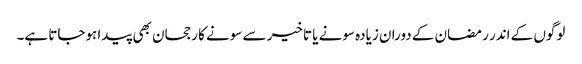
لوگوں کے اندر رمضان کے دوران زیادہ سونے یا تاخیر سے سونے کا رجحان بھی پیدا ہوجاتا ہے۔